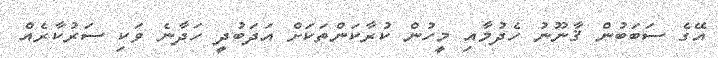
އޭގެ ސަބަބުން ޤާނޫނު ހެދުމާއި މީހުން ކުރާކަންތަކަށް އަދަބުދީ ހަދާނެ ވަކި ސަރުކާރެއް